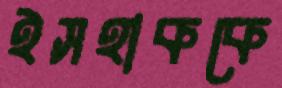
ইসহাককে